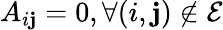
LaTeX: A_{i\mathbf{j}}=0,\forall(i,\mathbf{j})\notin\mathcal{{E}}